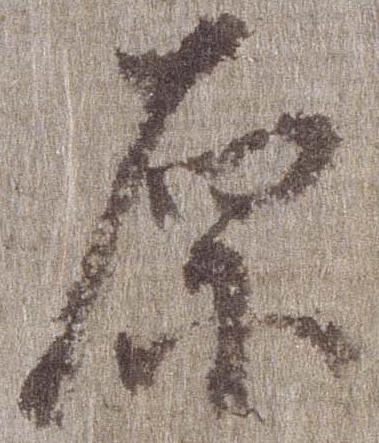
原